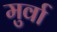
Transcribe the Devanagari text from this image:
मुर्वा